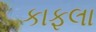
કાફલા